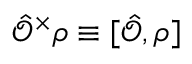
\hat { \mathcal { O } } ^ { \times } \rho \equiv [ \hat { \mathcal { O } } , \rho ]